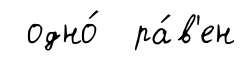
одно́ ра́в'ен